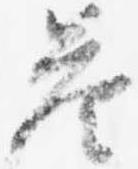
答